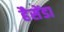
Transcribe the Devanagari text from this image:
हैसेंडा